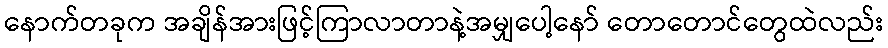
နောက်တခုက အချိန်အားဖြင့်ကြာလာတာနဲ့အမျှပေါ့နော် တောတောင်တွေထဲလည်း